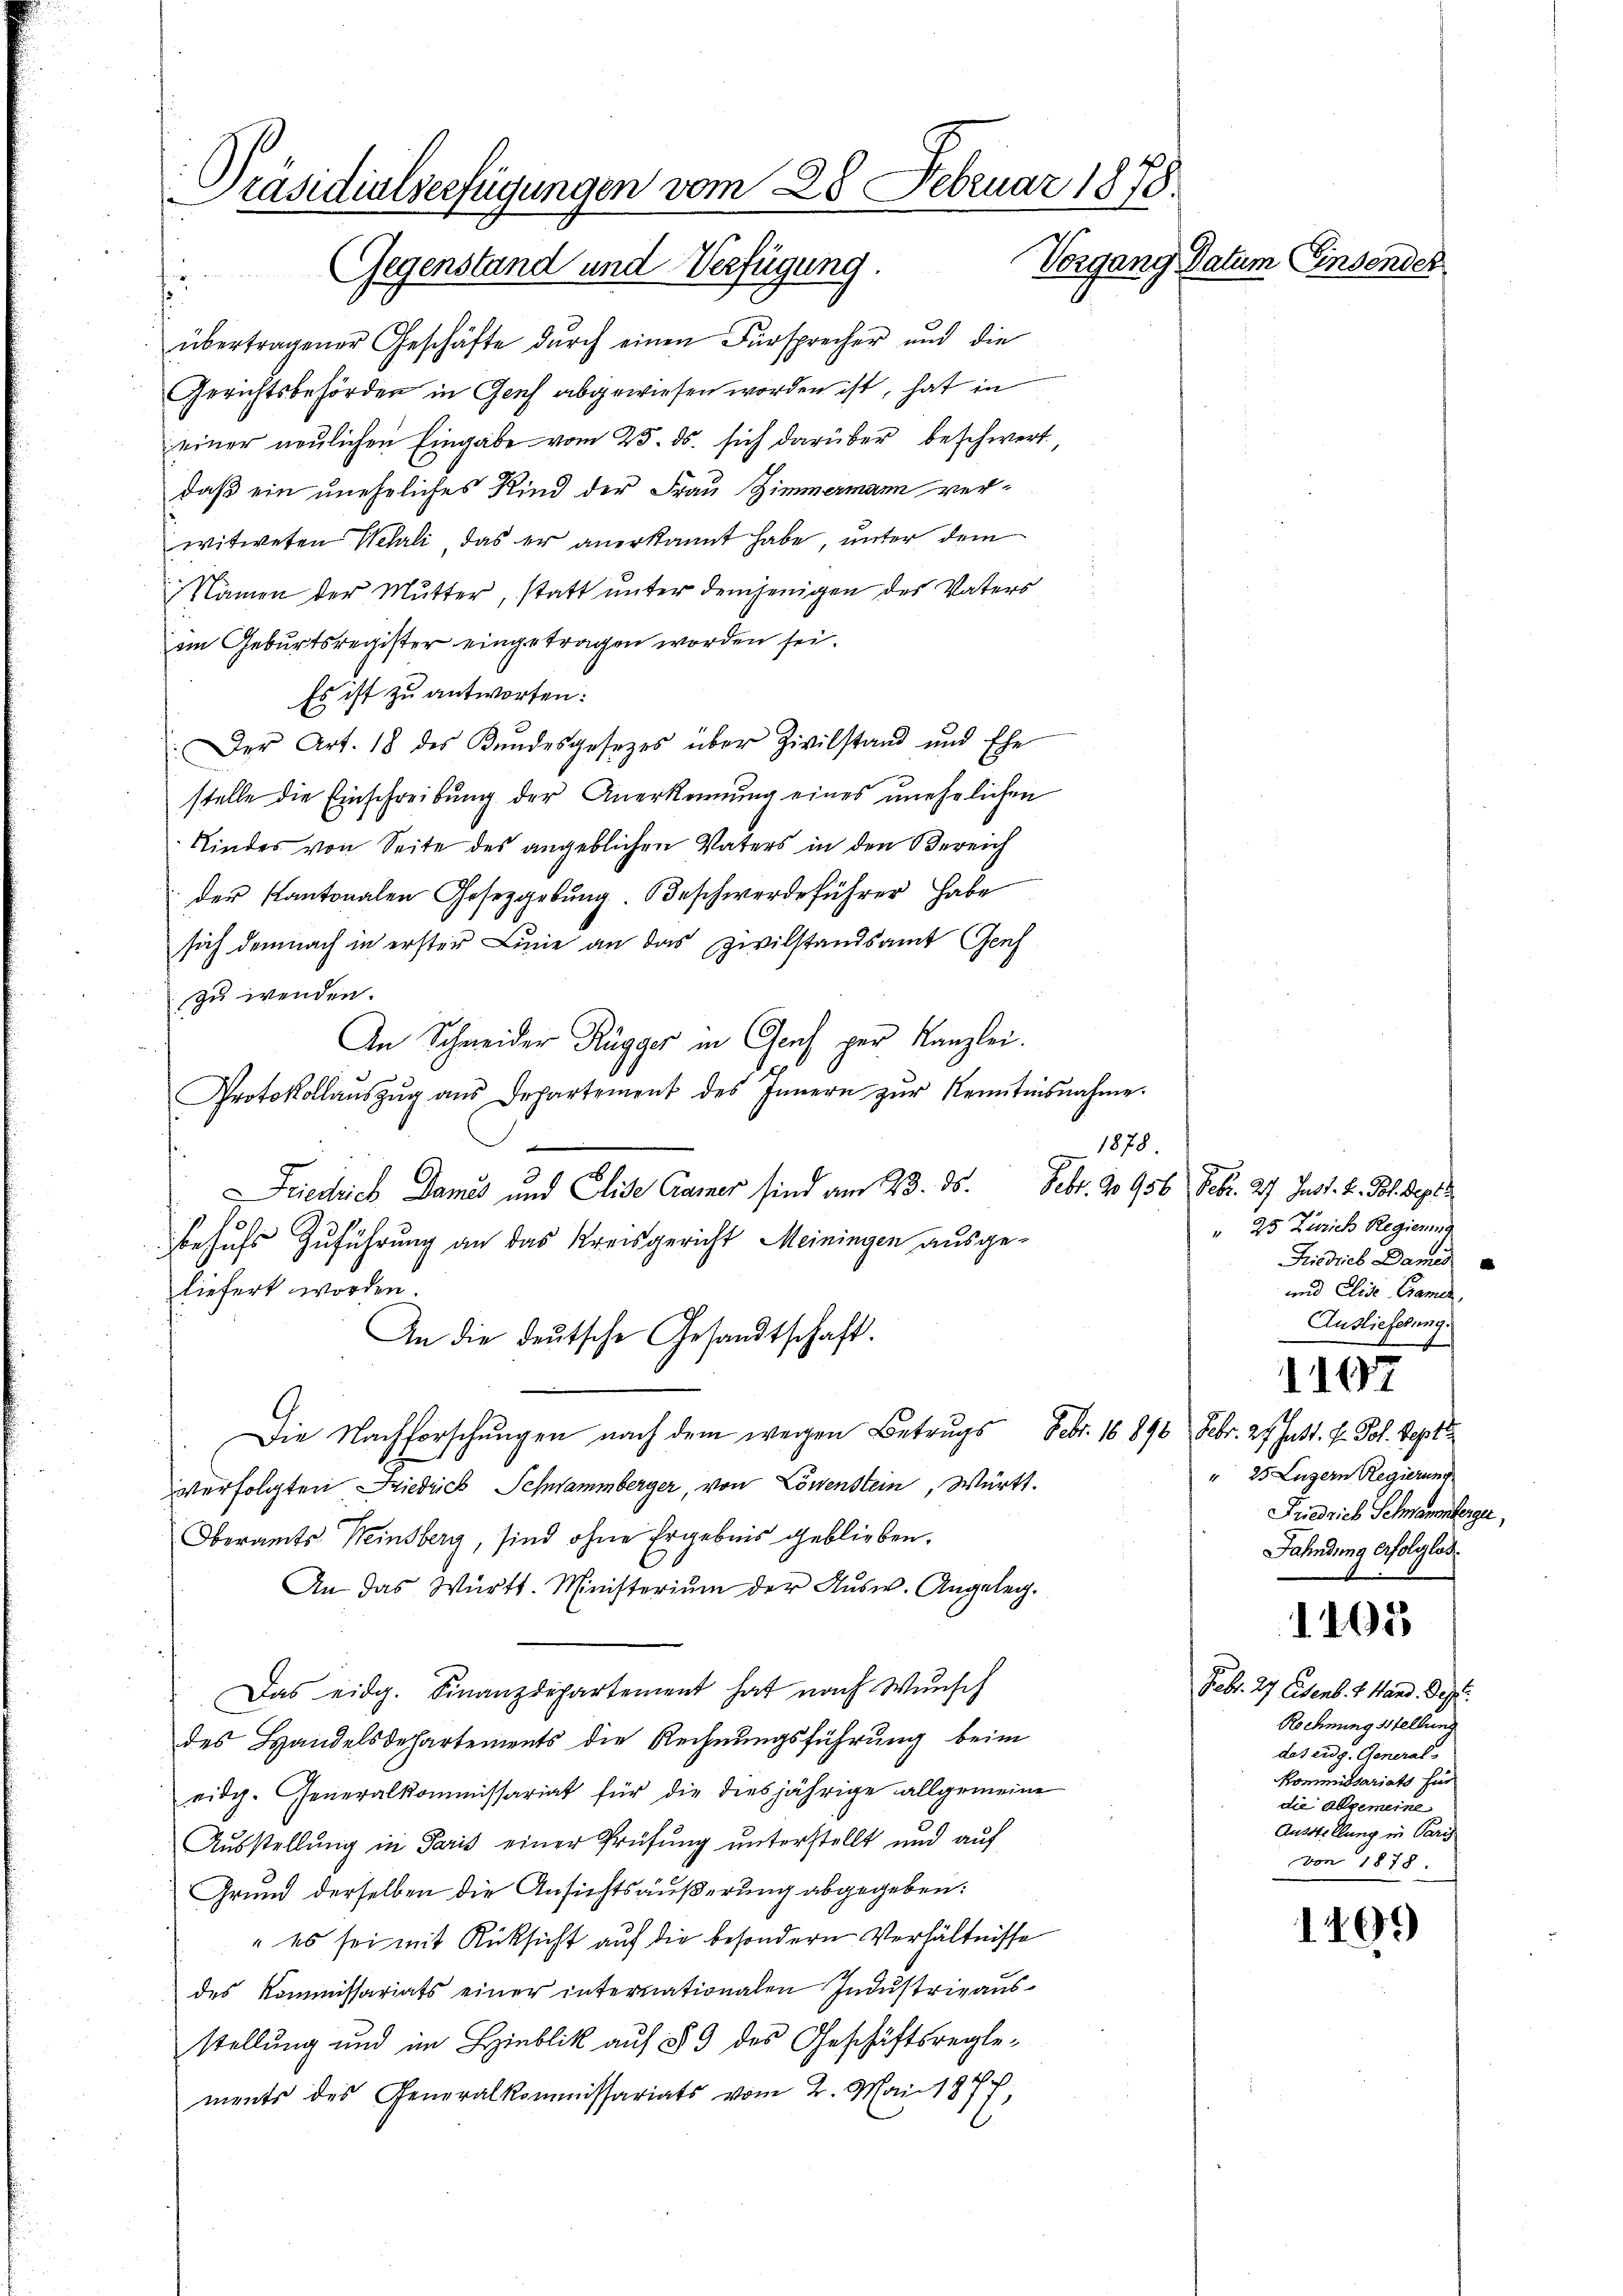
Präsidialverfügungen vom 28. Februar 1878
Vorgang Datum Einsender
Gegenstand und Verfügung.
f

s
übertragener Geschäfte dŭrch einen Fürsprecher und die
Gerichtsbehörden in Genf abgewiesen worden ist, hat in
einer neulichen Eingabe vom 25. ds. sich darüber beschwert
daß ein uneheliches Kind der Frau Zimmermann verwitweten Wehrli, das er anerkannt habe, unter dem
Namen der Mutter, statt unter demjenigen des Vaters
im Geburtsregister eingetragen worden sei.
Es ist zu antworten:
Der Art. 18 des Kŭndesgesezes über Zivilstand und Ehe
stelle die Einschreibung der Anerkennung eines unehelichen
Kindes von Seite des angeblichen Vaters in den Bereich
 der Kantonalen Gesetzgebung. Beschwerdeführer habe
sich demnach in erster Linie an das Zivilstandsamt Genf
zu wenden.
An Schneider Rügger in Genf per Kanzlei.
Protokollaŭszŭg aŭs Departement des Innern zŭr Kenntnisnahme.
1878.
riedrich Dames und Elise Camer sind am 23. ds. Febr. 20956 Febr. 27. Just. k. Joh. Sept.
behufs Zuführung an das Kreisgericht Meiningen ausge-
liefert worden.
An die deutsche Gesandtschaft.
Die Nachforschungen nach dem wegen Betrugs Febr. 16. 898 Febr. 24 hatt. H. Joh. Sept
verfolgten Diedrich Schwammberger, von Löwenstein, Württ.
Oberamts Weinsberg, sind ohne Ergebnis geblieben.
An das Württ. Ministerium der Aŭsw. Angeleg
Das eidg. Finanzdepartement hat nach Wunsch
des Handelsdechartements die Rechnungsführung beim
eidg. Generalkommissariat für die diesjährige allgemeine
Ausstellung in Paris einer Prüfung unterstellt und auf
Grund derselben die Ansichtsäußerung abgegeben:
" es sei mit Rüksicht auf die besondern Verhältnisse
des Kommissariats einer internationalen Industrieausstellung und im Lieblick auf § 3 des Geschäftsreglements des Generalkommissariats vom 2. Mai 1877,

25 Zürich Regierung
Friedrieb Damen
und Elise- Camer,
Auslieferung.
1107
" 25 Luzern Regierung
Friedrich Schnammberge,
Fahndung erfolglos.

1405

Febr. 27. Eisenb. v. Hand. Sept.
Rechnung stellung
des eidg. General
Kommissariats für
die abgemeine
Ausstellung in Paris
von 1878

1499